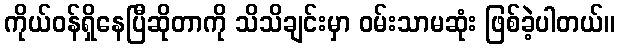
ကိုယ်ဝန်ရှိနေပြီဆိုတာကို သိသိချင်းမှာ ဝမ်းသာမဆုံး ဖြစ်ခဲ့ပါတယ်။